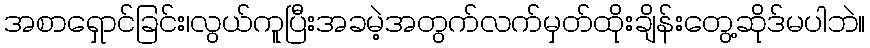
အစာရှောင်ခြင်း၊လွယ်ကူပြီးအခမဲ့အတွက်လက်မှတ်ထိုးချိန်းတွေ့ဆိုဒ်မပါဘဲ။